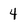
Character: 4